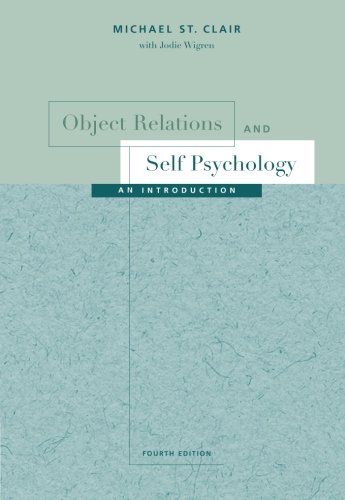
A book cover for Object Relations and Self Psychology: An Introduction; Michael St. Clair; Health, Fitness & Dieting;